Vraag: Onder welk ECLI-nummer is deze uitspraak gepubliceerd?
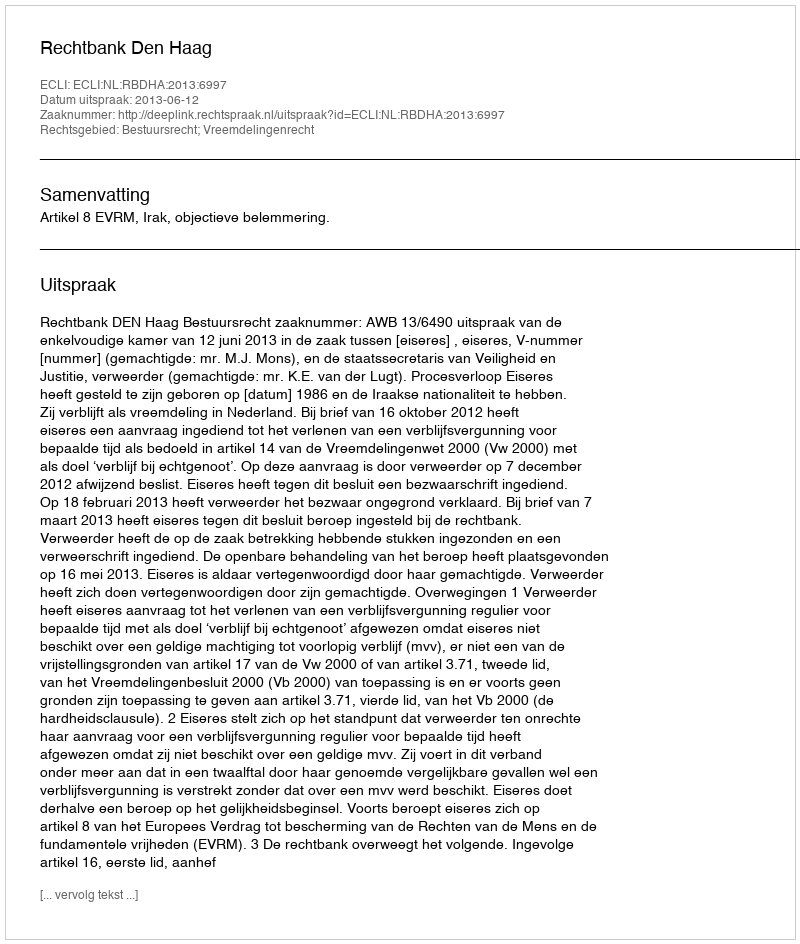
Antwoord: ECLI:NL:RBDHA:2013:6997